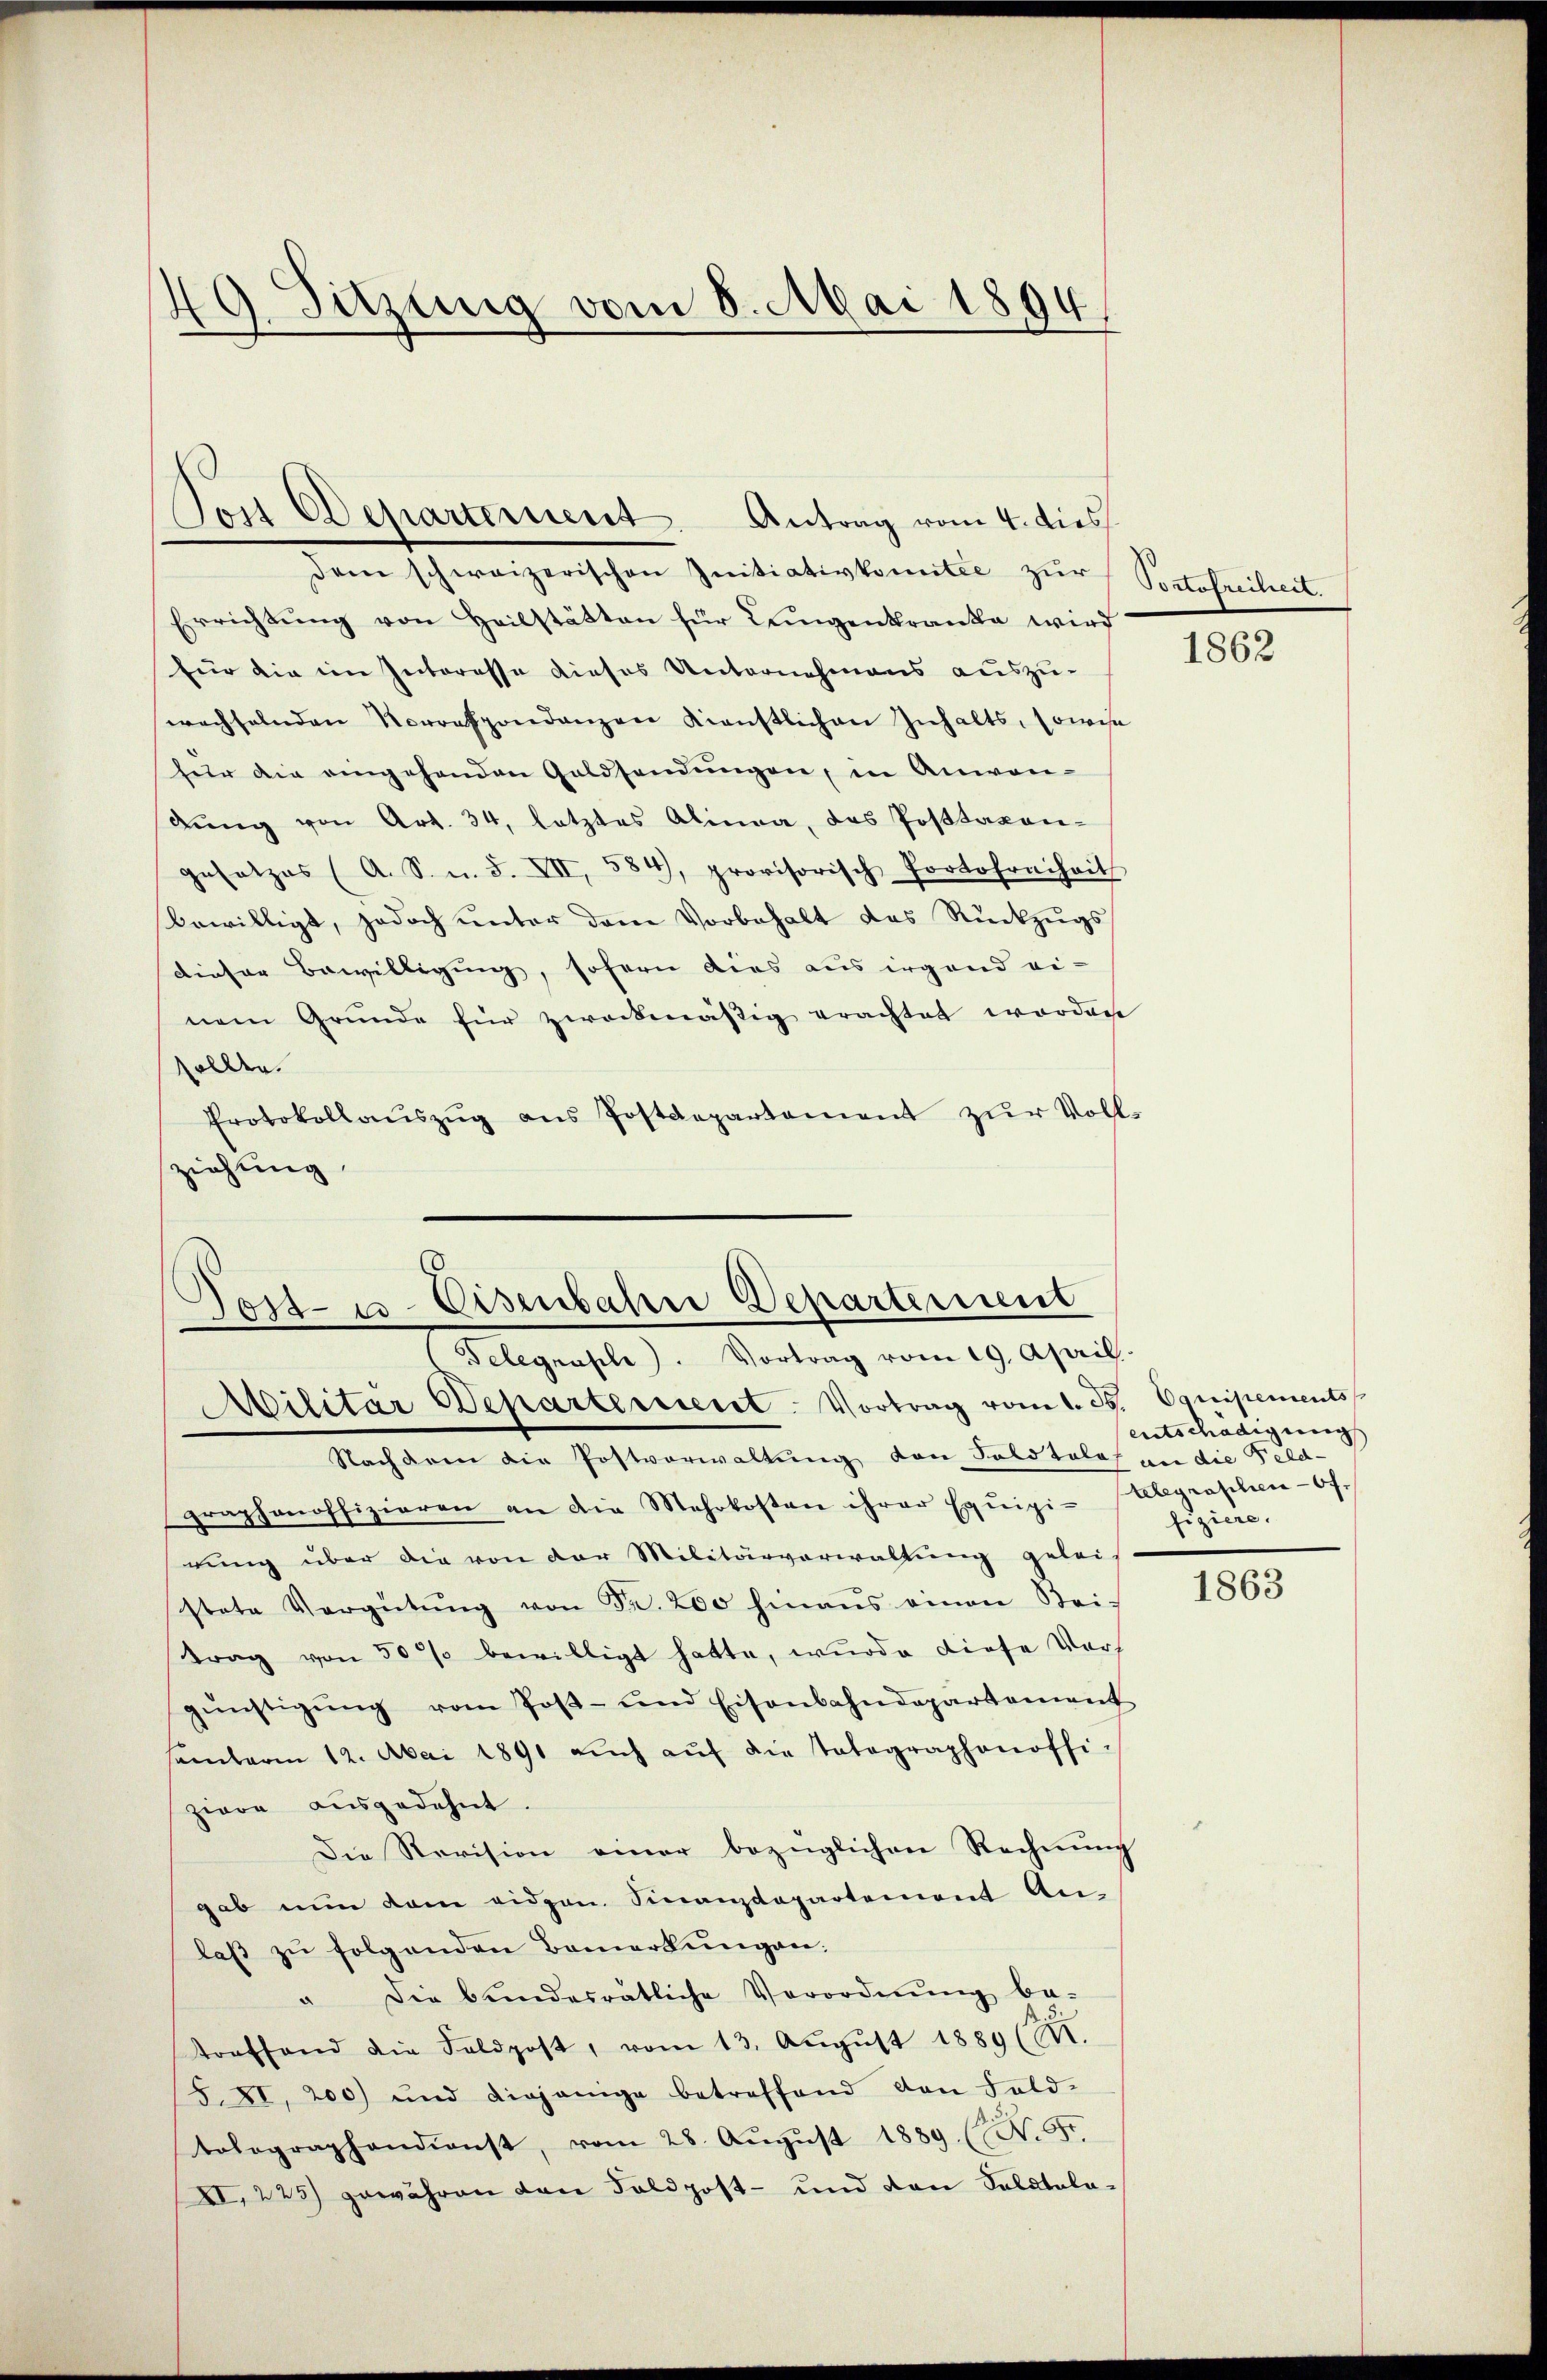
d Sitzung vom 8. Mai 1894.
.

Von Departement. Antrag vom 4. dies

dem schweizerischen Initiativkomitee zur Portofreiheit.
Errichtŭng von Heilstätten für Lungenkranke wird
für die im Interesse dieses Unternehmens auszu-
wachselnden Vorrespondenzen Kienstlichen Inhalts, sowie
für die eingehenden Geldsendŭngen, in Anwen-
bŭng von Art. 34, letztes Alinea, das Posttaxangesetzes (A. S. n. F. VII, 584, provisorisch Portofreiheit
bewilligt, jedoch unter dem Vorbehalt das Rückzŭgs
dieser Bewilligung, sofern dies aus irgend ei-
nem Grunde für zweckmäßig erachtet worden
sollte.
Protokollaŭszŭg ans Postdepartement zŭr Voll-
ziehung

Post- u. Eisenbahre Departement
Telegraphe). Vortrag vom 19. April.
Militär Departerient. Vortrag vom 1. d. Equipements

Nachdem die Postverwaltung von Solotolos an die Feld-
graphenoffizieren an die Mehrkosten ihrer Equipi-Klegraphen-Of.
rung über die von der Militärverwaltung gelei-
stete Vergütŭng von Fr. 200 hinaus einen Bei-
trag von 50 % bewilligt hatte, wurde diese Vors
günstigŭng vom Post- und Eisenbahndepartement
samterm 12. Mai 1891 auch auf die Tatagraphenoffi
ziere ausgedehnt.
Die Revision einer bezüglichen Rechnŭng
gab nun dem eidgen. Finanzdepartement An-
laβ zŭ folgenden Bemerkŭngen.
" die bŭndesrätliche Verordnŭng be-
treffend die Feldpost, vom 13. Aŭgŭst 1880 (M.
S. XI, 200) und diejenige betreffend den Feld-
tolographandienst, vom 28. Aŭgŭst 1889. (N. 5t
XI. 225) gewähren den Feldpost- und von Salatala-

1862

entschädigung
fiziere.

1863